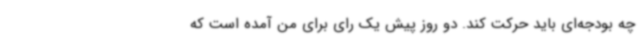
چه بودجه‌ای باید حرکت کند. دو روز پیش یک رای برای من آمده است که